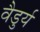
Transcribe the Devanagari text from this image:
वैडुर्य